Indian journal of veterinary science and animal husbandry - Volume 11,
Year: 1941
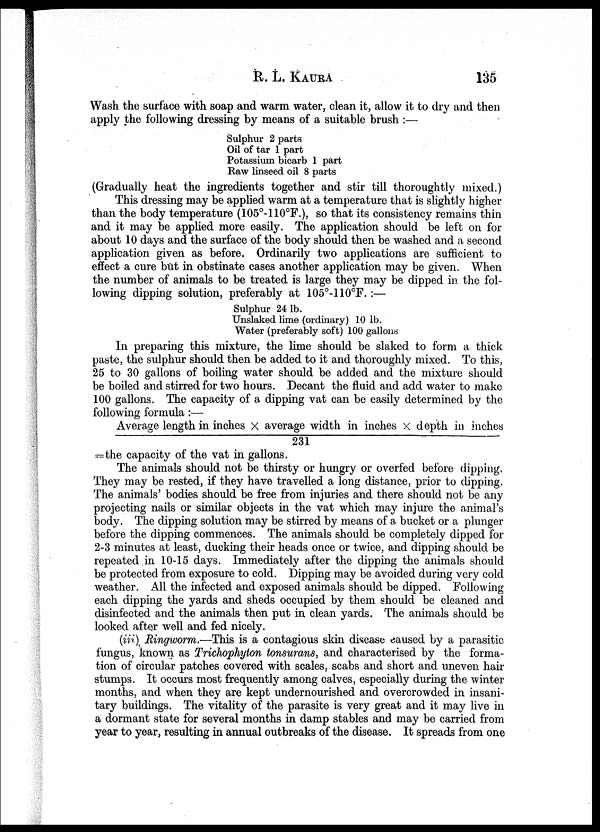
R. L.
KAURA
135
Wash the surface with soap and warm water, clean it, allow it to dry and then
apply the following dressing by means of a suitable brush :—
Sulphur 2 parts
Oil of tar 1 part
Potassium bicarb 1 part
Raw linseed oil 8 parts
(Gradually heat the ingredients together and stir till thoroughtly mixed.)
This dressing may be applied warm at a temperature that is slightly higher
than the body temperature (105°-110°F.), so that its consistency remains thin
and it may be applied more easily. The application should be left on for
about 10 days and the surface of the body should then be washed and a second
application given as before. Ordinarily two applications are sufficient to
effect a cure but in obstinate cases another application may be given. When
the number of animals to be treated is large they may be dipped in the fol-
lowing dipping solution, preferably at 105°-110°F. :—
Sulphur 24 lb.
Unslaked lime (ordinary) 10 lb.
Water (preferably soft) 100 gallons
In preparing this mixture, the lime should be slaked to form a thick
paste, the sulphur should then be added to it and thoroughly mixed. To this,
25 to 30 gallons of boiling water should be added and the mixture should
be boiled and stirred for two hours. Decant the fluid and add water to make
100 gallons. The capacity of a dipping vat can be easily determined by the
following formula :—
Average length in inches × average width in inches × depth in inches
231
=the capacity of the vat in gallons.
The animals should not be thirsty or hungry or overfed before dipping.
They may be rested, if they have travelled a long distance, prior to dipping.
The animals' bodies should be free from injuries and there should not be any
projecting nails or similar objects in the vat which may injure the animal's
body. The dipping solution may be stirred by means of a bucket or a plunger
before the dipping commences. The animals should be completely dipped for
2-3 minutes at least, ducking their heads once or twice, and dipping should be
repeated in 10-15 days. Immediately after the dipping the animals should
be protected from exposure to cold. Dipping may be avoided during very cold
weather. All the infected and exposed animals should be dipped. Following
each dipping the yards and sheds occupied by them should be cleaned and
disinfected and the animals then put in clean yards. The animals should be
looked after well and fed nicely.
(iii) Ringworm.—This is a contagious skin disease caused by a parasitic
fungus, known as Trichophyton tonsurans, and characterised by the forma-
tion of circular patches covered with scales, scabs and short and uneven hair
stumps. It occurs most frequently among calves, especially during the winter
months, and when they are kept undernourished and overcrowded in insani-
tary buildings. The vitality of the parasite is very great and it may live in
a dormant state for several months in damp stables and may be carried from
year to year, resulting in annual outbreaks of the disease. It spreads from one